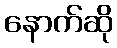
နောက်ဆို